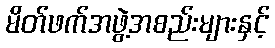
မိတ်ဖက်အဖွဲ့အစည်းများနှင့်